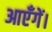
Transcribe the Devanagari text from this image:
आएँगें।